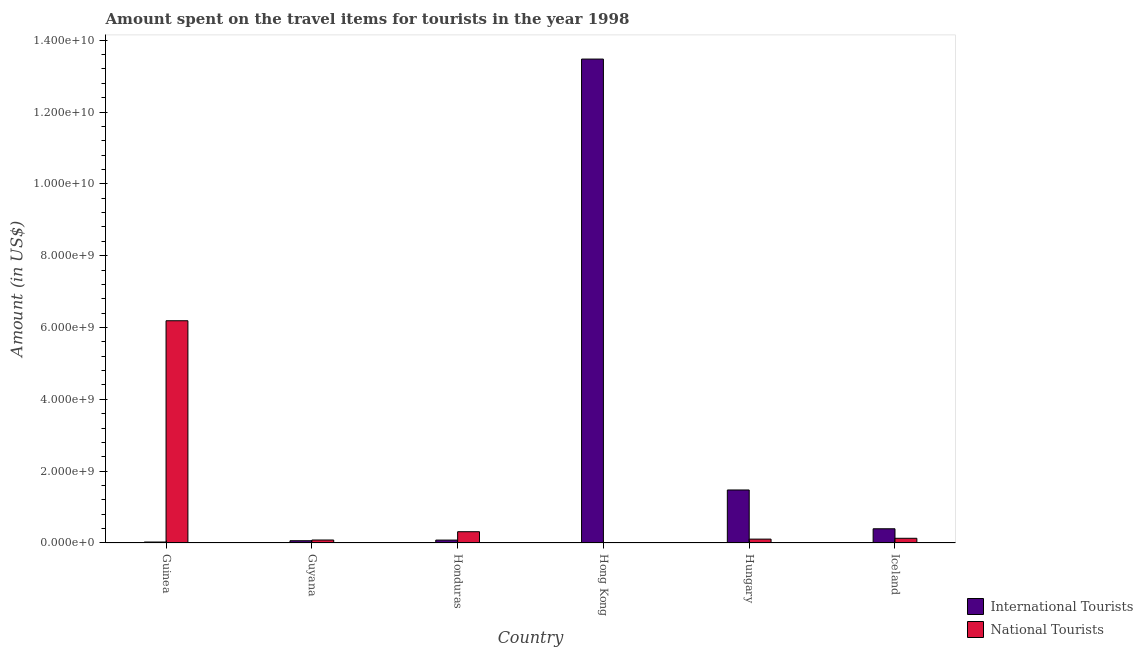
| Country | International Tourists | National Tourists |
 | --- | --- | --- |
 | Guinea | 2.7e+07 | 6.19e+09 |
 | Guyana | 6.3e+07 | 8.3e+07 |
 | Honduras | 8.1e+07 | 3.14e+08 |
 | Hong Kong | 1.35e+10 | 9e+05 |
 | Hungary | 1.48e+09 | 1.08e+08 |
 | Iceland | 3.96e+08 | 1.31e+08 |